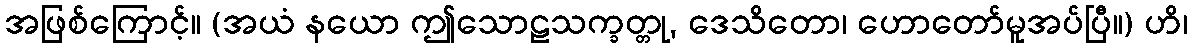
အဖြစ်ကြောင့်။ (အယံ နယော ဤသောဠသက္ခတ္တု, ဒေသိတော၊ ဟောတော်မူအပ်ပြီ။) ဟိ၊